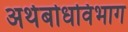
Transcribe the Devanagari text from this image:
अर्थबोधविभाग